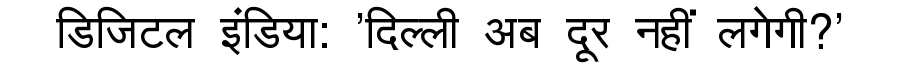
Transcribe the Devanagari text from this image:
डिजिटल इंडिया: 'दिल्ली अब दूर नहीं लगेगी?'